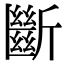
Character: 斷